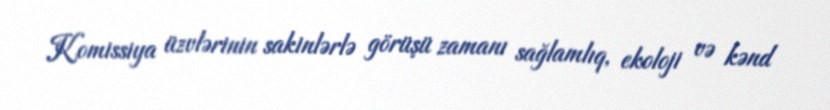
Komissiya üzvlərinin sakinlərlə görüşü zamanı sağlamlıq, ekoloji və kənd